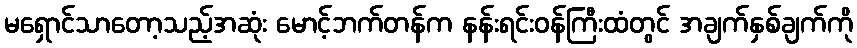
မရှောင်သာတော့သည့်အဆုံး မောင့်ဘက်တန်က နန်းရင်းဝန်ကြီးထံတွင် အချက်နှစ်ချက်ကို